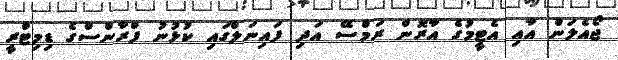
ޖޯއެލަން އާއި އެޓީމުގެ އާރޮން ރަމްސޭ އަދި ފައިނަލްގައި ކުޅުނު ފްރާންސްގެ ޑިމިޓްރީ